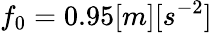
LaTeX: f_{0}=0.95[m][s^{-2}]